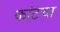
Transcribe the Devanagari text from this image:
कांटचा